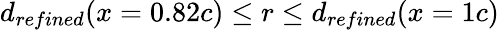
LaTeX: d_{refined}(x=0.82c)\leq r\leq d_{refined}(x=1c)